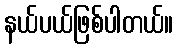
နယ်ပယ်ဖြစ်ပါတယ်။